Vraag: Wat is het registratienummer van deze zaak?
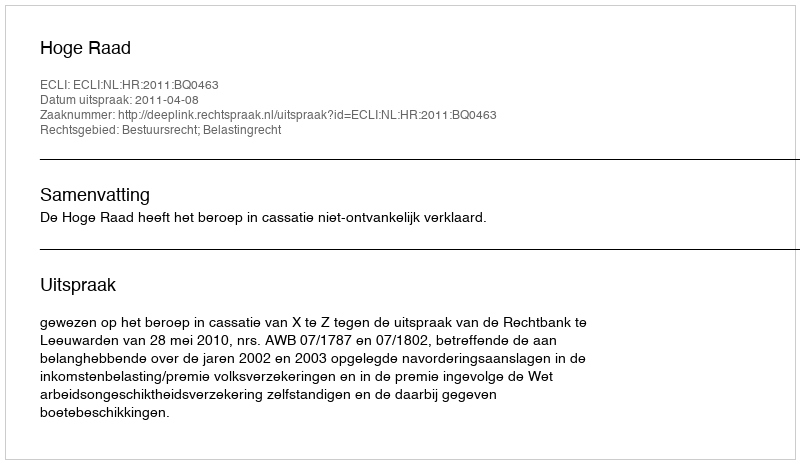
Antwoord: http://deeplink.rechtspraak.nl/uitspraak?id=ECLI:NL:HR:2011:BQ0463